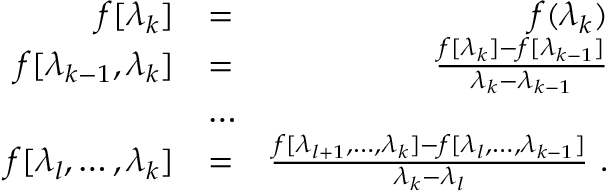
\begin{array} { r l r } { f [ \lambda _ { k } ] } & { = } & { f ( \lambda _ { k } ) } \\ { f [ \lambda _ { k - 1 } , \lambda _ { k } ] } & { = } & { \frac { f [ \lambda _ { k } ] - f [ \lambda _ { k - 1 } ] } { \lambda _ { k } - \lambda _ { k - 1 } } } \\ & { \dots } & \\ { f [ \lambda _ { l } , \dots , \lambda _ { k } ] } & { = } & { \frac { f [ \lambda _ { l + 1 } , \dots , \lambda _ { k } ] - f [ \lambda _ { l } , \dots , \lambda _ { k - 1 } ] } { \lambda _ { k } - \lambda _ { l } } ~ . } \end{array}